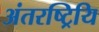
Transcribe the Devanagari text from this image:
अंतरष्ट्रियि